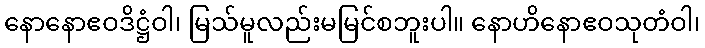
နောနောဧဝဒိဋ္ဌံဝါ၊ မြသ်မူလည်းမမြင်စဘူးပါ။ နောဟိနောဧဝသုတံဝါ၊